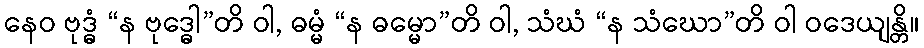
နေဝ ဗုဒ္ဓံ “န ဗုဒ္ဓေါ”တိ ဝါ, ဓမ္မံ “န ဓမ္မော”တိ ဝါ, သံဃံ “န သံဃော”တိ ဝါ ဝဒေယျန္တိ။